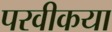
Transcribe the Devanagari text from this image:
परवीकया